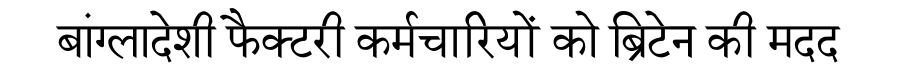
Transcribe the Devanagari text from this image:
बांग्लादेशी फैक्टरी कर्मचारियों को ब्रिटेन की मदद